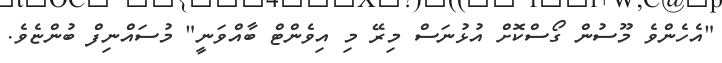
"އެހެންވެ މޫސުން ގޯސްކޮށް އުޅުނަސް މިރޭ މި އިވެންޓް ބާއްވަނީ" މުސައްނިފް ބުންޏެވެ.